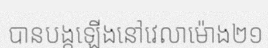
បានបង្កឡើងនៅវេលាម៉ោង២១